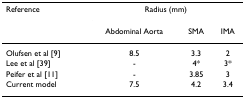
<table><thead><tr><td><b>Reference</b></td><td colspan="3"><b>Radius (mm)</b></td></tr><tr><td></td><td><b>Abdominal Aorta</b></td><td><b>SMA</b></td><td><b>IMA</b></td></tr></thead><tbody><tr><td>Olufsen et al [9]</td><td>8.5</td><td>3.3</td><td>2</td></tr><tr><td>Lee et al [39]</td><td>-</td><td>4*</td><td>3*</td></tr><tr><td>Peifer et al [11]</td><td>-</td><td>3.85</td><td>3</td></tr><tr><td>Current model</td><td>7.5</td><td>4.2</td><td>3.4</td></tr></tbody></table>